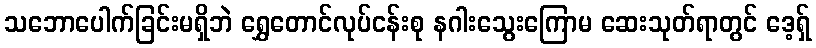
သဘောပေါက်ခြင်းမရှိဘဲ ရွှေတောင်လုပ်ငန်းစု နဂါးသွေးကြောမ ဆေးသုတ်ရာတွင် ဒေ့ရှ်